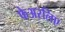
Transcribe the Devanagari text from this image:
फेअरलिए